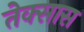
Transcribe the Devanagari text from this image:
तेक्सास